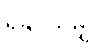
ရနိုင်သမျှ